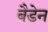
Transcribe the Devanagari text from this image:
बैडेन